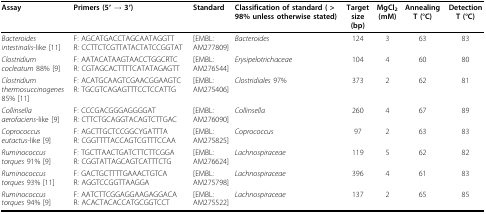
<table><thead><tr><td><b>Assay</b></td><td><b>Primers (5&#x27; → 3&#x27;)</b></td><td><b>Standard</b></td><td><b>Classification of standard ( &gt; 98% unless otherwise stated)</b></td><td><b>Target size (bp)</b></td><td><b>MgCl<sub>2</sub>(mM)</b></td><td><b>Annealing T (°C)</b></td><td><b>Detection T (°C)</b></td></tr></thead><tbody><tr><td><i>Bacteroides intestinalis</i>-like [11]</td><td>F: AGCATGACCTAGCAATAGGTTR: CCTTCTCGTTATACTATCCGGTAT</td><td>[EMBL:AM277809]</td><td><i>Bacteroides</i></td><td>124</td><td>3</td><td>63</td><td>83</td></tr><tr><td><i>Clostridium cocleatum </i>88% [9]</td><td>F: AATACATAAGTAACCTGGCRTCR: CGTAGCACTTTTCATATAGAGTT</td><td>[EMBL:AM276544]</td><td><i>Erysipelotrichaceae</i></td><td>104</td><td>4</td><td>60</td><td>80</td></tr><tr><td><i>Clostridium thermosuccinogenes </i>85% [11]</td><td>F: ACATGCAAGTCGAACGGAAGTCR: TGCGTCAGAGTTTCCTCCATTG</td><td>[EMBL:AM275406]</td><td><i>Clostridiales </i>97%</td><td>373</td><td>2</td><td>62</td><td>81</td></tr><tr><td><i>Collinsella aerofaciens</i>-like [9]</td><td>F: CCCGACGGGAGGGGATR: CTTCTGCAGGTACAGTCTTGAC</td><td>[EMBL:AM276090]</td><td><i>Collinsella</i></td><td>260</td><td>4</td><td>67</td><td>89</td></tr><tr><td><i>Coprococcus eutactus</i>-like [9]</td><td>F: AGCTTGCTCCGGCYGATTTAR: CGGTTTTACCAGTCGTTTCCAA</td><td>[EMBL:AM275825]</td><td><i>Coprococcus</i></td><td>97</td><td>2</td><td>63</td><td>83</td></tr><tr><td><i>Ruminococcus torques </i>91% [9]</td><td>F: TGCTTAACTGATCTTCTTCGGAR: CGGTATTAGCAGTCATTTCTG</td><td>[EMBL:AM276624]</td><td><i>Lachnospiraceae</i></td><td>119</td><td>5</td><td>62</td><td>82</td></tr><tr><td><i>Ruminococcus torques </i>93% [11]</td><td>F: GACTGCTTTTGAAACTGTCAR: AGGTCCGGTTAAGGA</td><td>[EMBL:AM275798]</td><td><i>Lachnospiraceae</i></td><td>396</td><td>4</td><td>61</td><td>83</td></tr><tr><td><i>Ruminococcus torques </i>94% [9]</td><td>F: AATCTTCGGAGGAAGAGGACAR: ACACTACACCATGCGGTCCT</td><td>[EMBL:AM275522]</td><td><i>Lachnospiraceae</i></td><td>137</td><td>2</td><td>65</td><td>85</td></tr></tbody></table>